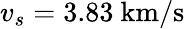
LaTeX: v_{s}=3.83~\mathrm{km}/\mathrm{s}